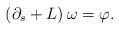
LaTeX: \begin{align*}\left( \partial_s + L \right) \omega = \varphi.\end{align*}